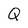
Character: Q